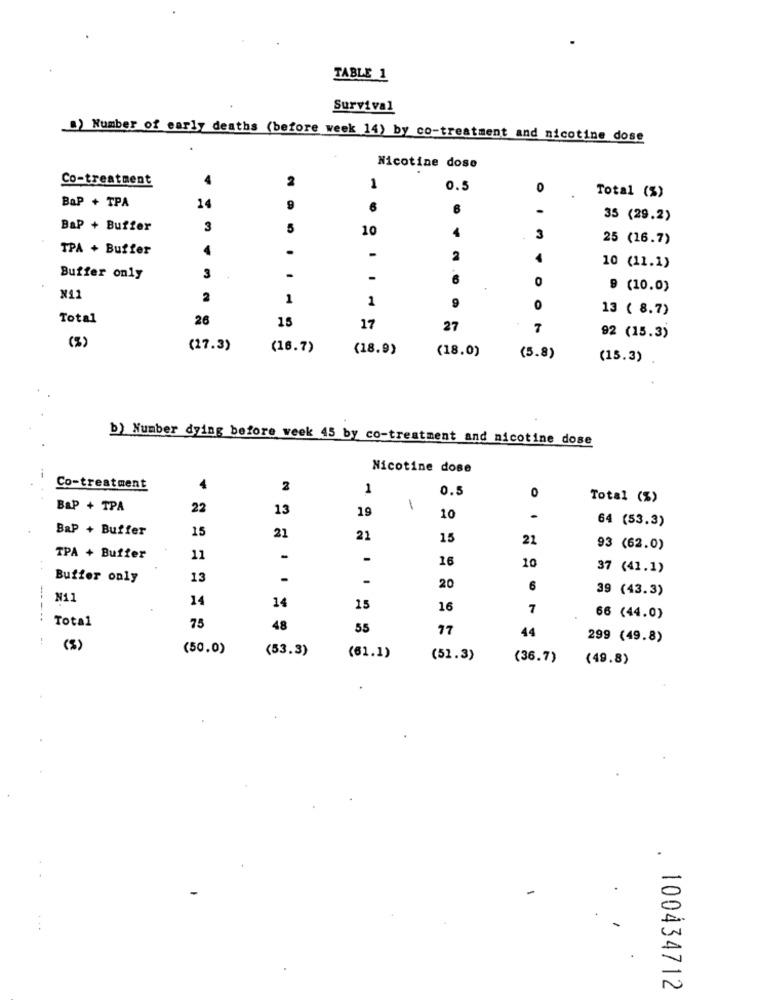
TABLE 1
Survival
B) Number of early deaths (before week 14) by co-treatment and nicotine dose
Nicotine dose
Co-treatment
2
1
0.5
0
Total (%)
BaP + TPA
14
9
6
6
.
35 (29.2)
BaP + Buffer
3
5
10
3
25 (16.7)
TPA + Buffer
4
.
-
2
4
10 (11.1)
Buffer only
3
0
9 (10.0)
N11
2
1
1
9
O
13 ( 8.7)
Total
26
15
17
27
7
(%)
92 (15.3)
(17.3)
(16.7)
(18.9)
(18.0)
(5.8)
(15.3)
b) Number dying before week 45 by co-treatment and nicotine dose
Nicotine dose
Co-treatment
4
2
1
0.5
0
Total (%)
BaP + TPA
22
13
19
1
10
.
BaP + Buffer
15
21
64 (53.3)
21
15
21
93 (62.0)
TPA + Buffer
11
-
-
16
10
37 (41.1)
Buffer only
13
-
20
6
39 (43.3)
N11
14
14
15
16
7
--..
Total
66 (44.0)
75
48
55
77
44
299 (49.8)
(3)
(50.0)
(53.3)
(61.1)
(51.3)
(36.7)
(49.8)
.
100434712